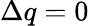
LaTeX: \Delta q=0